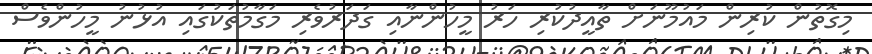
މިގޮތުން ކުރިން މައުމޫނަށް ތާއީދުކުރި ހަރު މީހުންނާއި ގަދަރުވެރި މަގާމުތަކުގައި އުޅުނު މީހުންވެސް